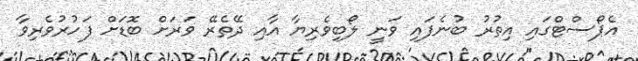
އެޕޯސްޓްގައި އިތުރު ބުނެފައި ވަނީ ލޯބިވެރިޔާ އާއި ދޭތެރޭ ވަރަށް ބޮޑަށް ފަހުރުވެރިވާ